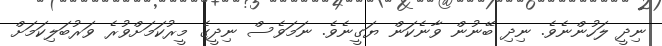
ނިދީ ލަހުންނެވެ. ނިދި ބޭނުން ވާނެކަން ޔަގީނެވެ. ނަމަވެސް ނިދީގެ މީރުކަމަށްވުރެ ވަރުބަލިކަމަށް